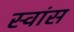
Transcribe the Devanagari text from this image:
स्वांस